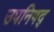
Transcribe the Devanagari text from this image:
उपनिषद्